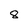
Character: 8